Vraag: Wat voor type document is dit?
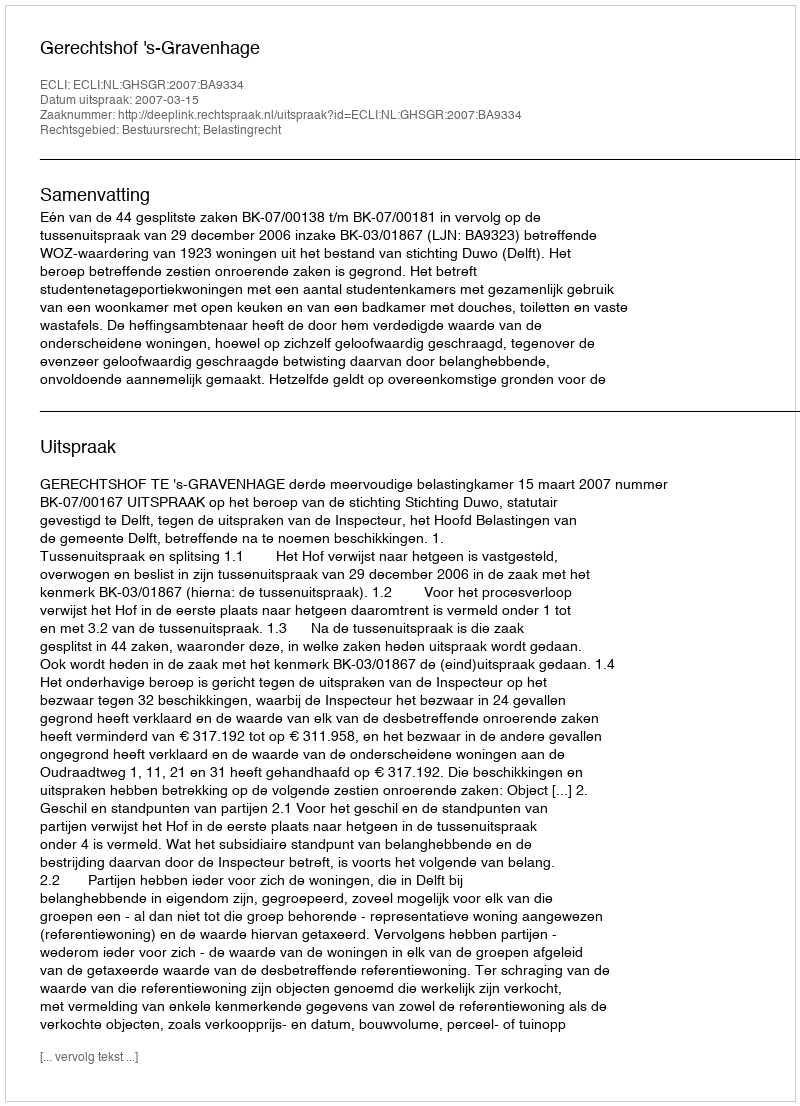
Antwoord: Uitspraak